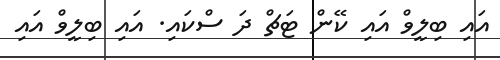
އައި ބިލީވް އައި ކޭން ޓަޗް ދަ ސްކައި. އައި ބިލީވް އައި